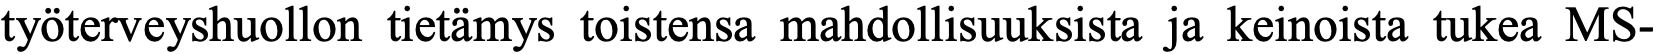
työterveyshuollon tietämys toistensa mahdollisuuksista ja keinoista tukea MS-